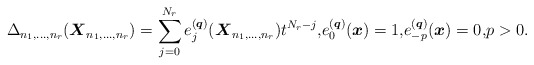
\begin{gather*} \Delta_{n_1,\ldots,n_r}({\boldsymbol{X}}_{n_1,\ldots,n_r}) = \sum_{j=0}^{N_r}e_{j}^{({\boldsymbol{q}})}({\boldsymbol{X}}_{n_1,\ldots,n_r}) t^{N_r-j}, \!e_{0}^{({\boldsymbol{q}})}({\boldsymbol{x}})=1,\!e_{-p}^{({\boldsymbol{q}})}({\boldsymbol{x}})=0, \!p > 0.\end{gather*}